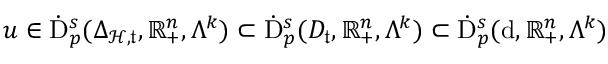
u \in \dot { \mathrm { D } } _ { p } ^ { s } ( \Delta _ { \mathcal { H } , \mathfrak { t } } , \mathbb { R } _ { + } ^ { n } , \Lambda ^ { k } ) \subset \dot { \mathrm { D } } _ { p } ^ { s } ( D _ { \mathfrak { t } } , \mathbb { R } _ { + } ^ { n } , \Lambda ^ { k } ) \subset \dot { \mathrm { D } } _ { p } ^ { s } ( \mathrm { d } , \mathbb { R } _ { + } ^ { n } , \Lambda ^ { k } )